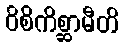
ဝိစိကိစ္ဆာမီတိ